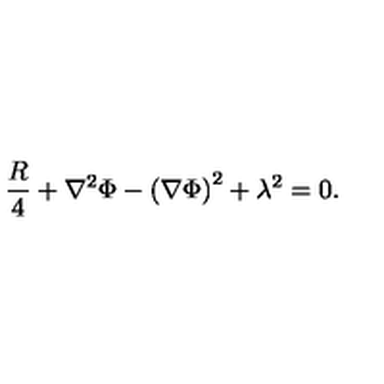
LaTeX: { \frac { R } { 4 } } + \nabla ^ { 2 } \Phi - { \left( \nabla \Phi \right) } ^ { 2 } + \lambda ^ { 2 } = 0 .